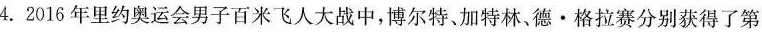
4.2016年里约奥运会男子百米飞人大战中，博尔特、加特林，德·格拉赛分别获得了第